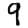
Digit: 9